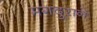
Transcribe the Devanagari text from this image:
मगदुराने